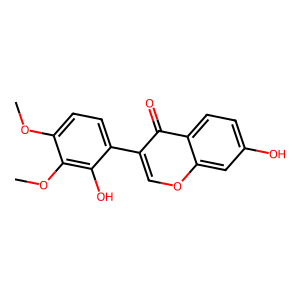
SMILES: COc1ccc(-c2coc3cc(O)ccc3c2=O)c(O)c1OC
Inhibits HIV replication: No